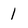
Character: 1